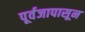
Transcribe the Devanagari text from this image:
पूर्वजापासून